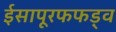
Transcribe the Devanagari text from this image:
ईसापूरफफड़्व